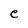
Character: e